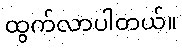
ထွက်လာပါတယ်။